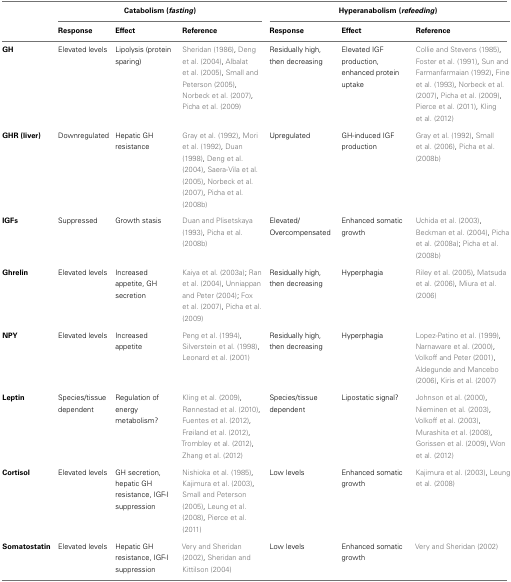
<table><thead><tr><td></td><td colspan="3"><b>Catabolism (<i>fasting</i>)</b></td><td colspan="3"><b>Hyperanabolism (<i>refeeding</i>)</b></td></tr><tr><td></td><td><b>Response</b></td><td><b>Effect</b></td><td><b>Reference</b></td><td><b>Response</b></td><td><b>Effect</b></td><td><b>Reference</b></td></tr></thead><tbody><tr><td><b>GH</b></td><td>Elevated levels</td><td>Lipolysis (protein sparing)</td><td>Sheridan (1986), Deng et al. (2004), Albalat et al. (2005), Small and Peterson (2005), Norbeck et al. (2007), Picha et al. (2009)</td><td>Residually high, then decreasing</td><td>Elevated IGF production, enhanced protein uptake</td><td>Collie and Stevens (1985), Foster et al. (1991), Sun and Farmanfarmaian (1992), Fine et al. (1993), Norbeck et al. (2007), Picha et al. (2009), Pierce et al. (2011), Kling et al. (2012)</td></tr><tr><td><b>GHR (liver)</b></td><td>Downregulated</td><td>Hepatic GH resistance</td><td>Gray et al. (1992), Mori et al. (1992), Duan (1998), Deng et al. (2004), Saera-Vila et al. (2005), Norbeck et al. (2007), Picha et al. (2008b)</td><td>Upregulated</td><td>GH-induced IGF production</td><td>Gray et al. (1992), Small et al. (2006), Picha et al. (2008b)</td></tr><tr><td><b>IGFs</b></td><td>Suppressed</td><td>Growth stasis</td><td>Duan and Plisetskaya (1993), Picha et al. (2008b)</td><td>Elevated/Overcompensated</td><td>Enhanced somatic growth</td><td>Uchida et al. (2003), Beckman et al. (2004), Picha et al. (2008a); Picha et al. (2008b)</td></tr><tr><td><b>Ghrelin</b></td><td>Elevated levels</td><td>Increased appetite, GH secretion</td><td>Kaiya et al. (2003a); Ran et al. (2004), Unniappan and Peter (2004); Fox et al. (2007), Picha et al. (2009)</td><td>Residually high, then decreasing</td><td>Hyperphagia</td><td>Riley et al. (2005), Matsuda et al. (2006), Miura et al. (2006)</td></tr><tr><td><b>NPY</b></td><td>Elevated levels</td><td>Increased appetite</td><td>Peng et al. (1994), Silverstein et al. (1998), Leonard et al. (2001)</td><td>Residually high, then decreasing</td><td>Hyperphagia</td><td>Lopez-Patino et al. (1999), Narnaware et al. (2000), Volkoff and Peter (2001), Aldegunde and Mancebo (2006), Kiris et al. (2007)</td></tr><tr><td><b>Leptin</b></td><td>Species/tissue dependent</td><td>Regulation of energy metabolism?</td><td>Kling et al. (2009), Rønnestad et al. (2010), Fuentes et al. (2012), Frøiland et al. (2012), Trombley et al. (2012), Zhang et al. (2012)</td><td>Species/tissue dependent</td><td>Lipostatic signal?</td><td>Johnson et al. (2000), Nieminen et al. (2003), Volkoff et al. (2003), Murashita et al. (2008), Gorissen et al. (2009), Won et al. (2012)</td></tr><tr><td><b>Cortisol</b></td><td>Elevated levels</td><td>GH secretion, hepatic GH resistance, IGF-I suppression</td><td>Nishioka et al. (1985), Kajimura et al. (2003), Small and Peterson (2005), Leung et al. (2008), Pierce et al. (2011)</td><td>Low levels</td><td>Enhanced somatic growth</td><td>Kajimura et al. (2003), Leung et al. (2008)</td></tr><tr><td><b>Somatostatin</b></td><td>Elevated levels</td><td>Hepatic GH resistance, IGF-I suppression</td><td>Very and Sheridan (2002), Sheridan and Kittilson (2004)</td><td>Low levels</td><td>Enhanced somatic growth</td><td>Very and Sheridan (2002)</td></tr></tbody></table>